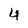
Character: 4